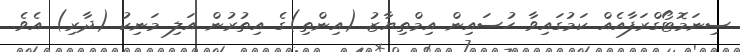
ސިނަމޮޓޯގްރަފާއެއް ކަމުގައިވާ ހުސައިން އިމްތިޔާޒު (އިންތި)ގެ އިތުރުން އަލި މަނިކު (ދާރި) އެވެ.